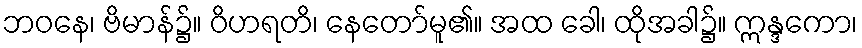
ဘဝနေ၊ ဗိမာန်၌။ ဝိဟရတိ၊ နေတော်မူ၏။ အထ ခေါ၊ ထိုအခါ၌။ ဣန္ဒကော၊